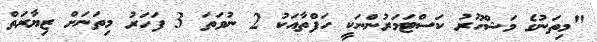
"މިތަނުގެ މަޝްހޫރު ކަސްޓަމަރުންނަކީ ހަފްތާއަކު 2 ނުވަތަ 3 ފަހަރު މިތަނަށް ޒިޔާރަތް